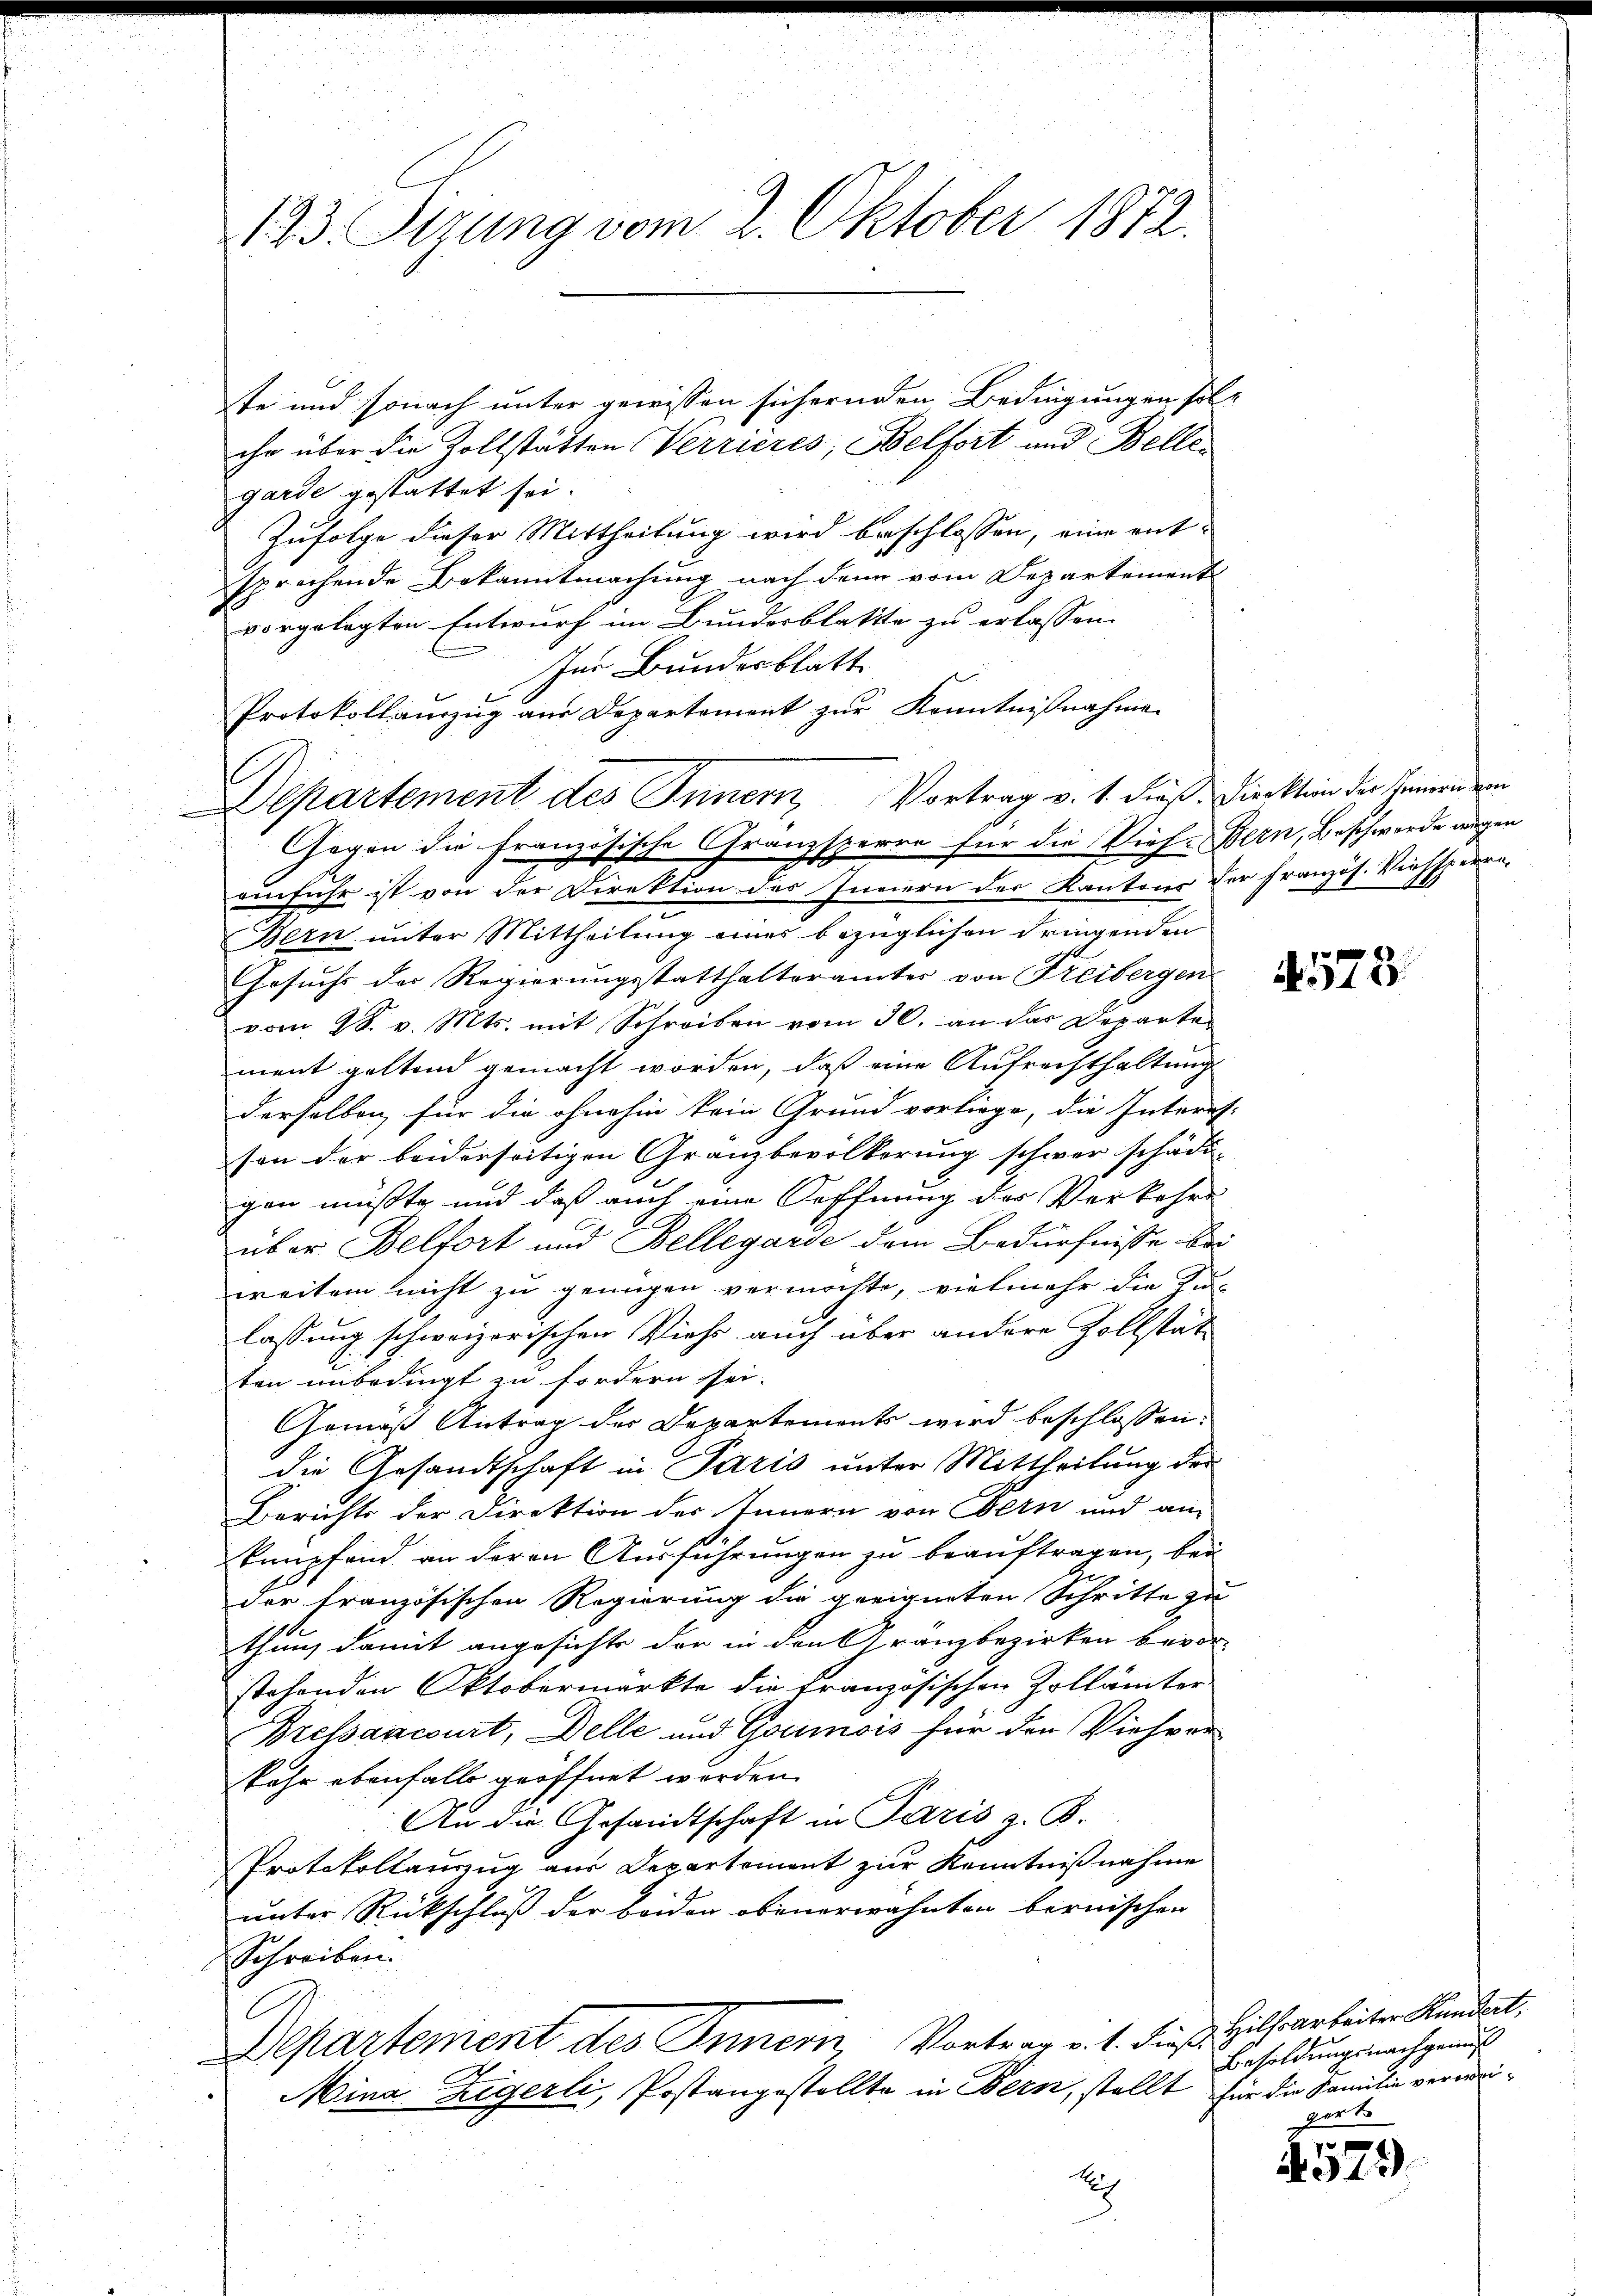
193. Pirung vom 2. Oktober 1812.

te und sonach unter gewissen sichernden Bedingungen solihr über die Zollstätten Verrieres, Belfort und Belle
garde gestattet sei.
Zufolge dieser Mittheilung wird beschlossen, eine entsprechende Bekanntmachung nach den vom Departement
vorgelegten Entwurf im Bundesblatte zu erlassen.
Im Bundesblatt
Protokollauszug aus Departement zur Kenntnißnahme
s
Gegen die Französische Gränzsperre für die Viehe Bern, Beschwerde augen
einfuhr ist von der Direktion des Innern der Kantons der französ. Viehsperre
Bern unter Mittheilung eines bezüglichen dringenden
Gesuchs der Regierungsstatthalterämter von Freibergen
vom 28. v. Mts. mit Schreiben vom 30. an das Departe
ment geltend gemacht worden, daß eine Aufrechthaltung
derselben, für die ohnehin kein Grund vorliege, die Interes.
son der beiderseitigen Gränzbevölkerung schwer schädi-
gen müßte und daß auch eine Oeffnung der Verkehre
über Belfort und Bellegarde dem Bedürfnisse bei
weitem nicht zu genügen vermöchte, vielmehr die Zu-
lassung schweizerischen Viehs auch über andere Zollstät
ten unbedingt zu fordern sei.
Gemäß Antrag der Departements wird beschlossen:
die Gesandtschaft in Paris unter Mittheilung der
Berichts der Direktion des Innern von Bern und an
kempfand an deren Ausführungen zu beauftragen, bei
der französischen Regierung die geeigneten Schritte zu
thung damit angesichte der in den Granzbezirken bevor-
stehenden Oktobermärkte die französischen Zollämter
Bressancourt, Delle und Goumois für den Viehverkehr ebenfalls geöffnet werden.
An die Gesandtschaft in Paris z. B.
Protokollauszug aus Departement zur Kenntnißnahme
unter Rückschluß der beiden obenerwähnten bernischen
Schreiben
l
Departement des Innern Vortrag v. 1. dieß Hilfsarbeiter Kundert,
Mina Zigerli, Postangestellte in Bern, stellt für die Familie verwei¬

Departement des Innern, Vortrag v. 1. dieß. Dieklin der Innern ein

173

Besoldungsnachgenus
gert

x
A.12).